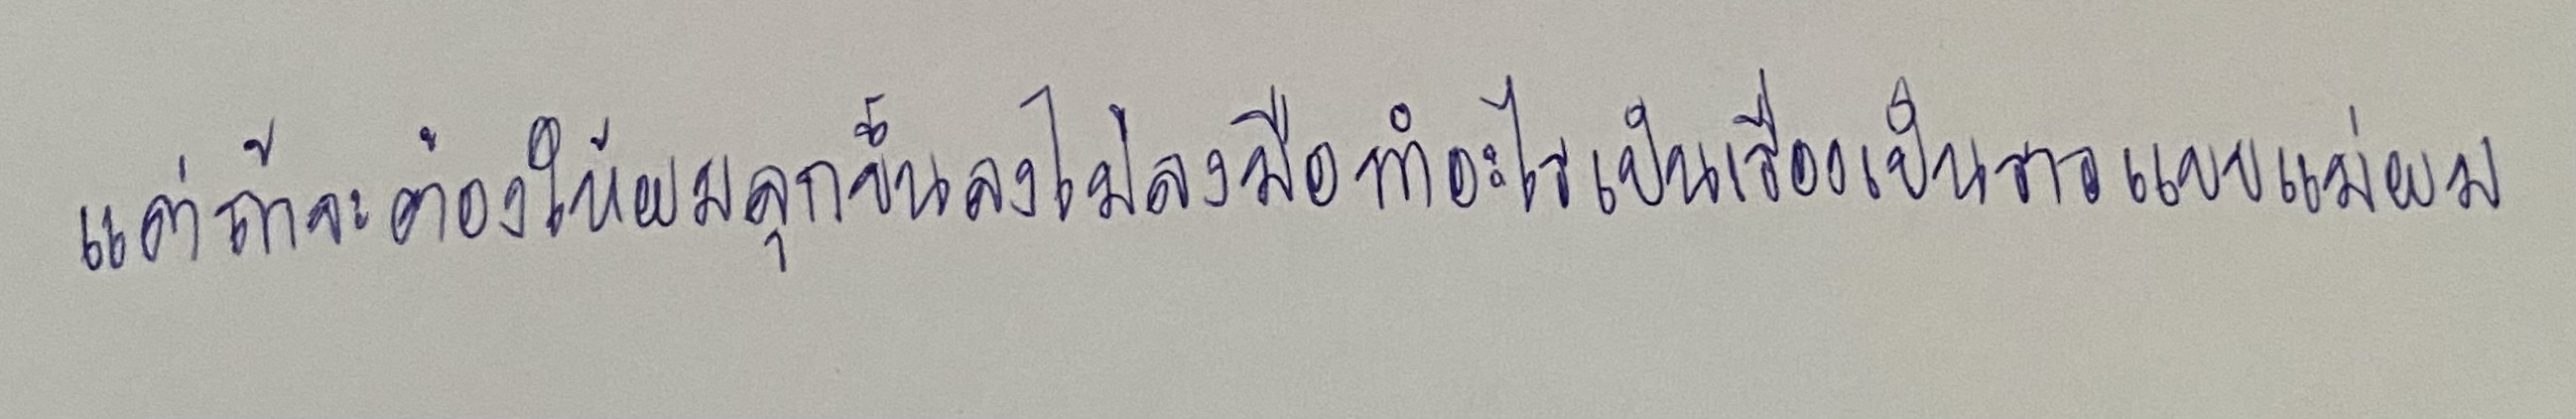
แต่ถ้าจะต้องให้ผมลุกขึ้นลงไม้ลงมือทำอะไรเป็นเรื่องเป็นราวแบบแม่ผม